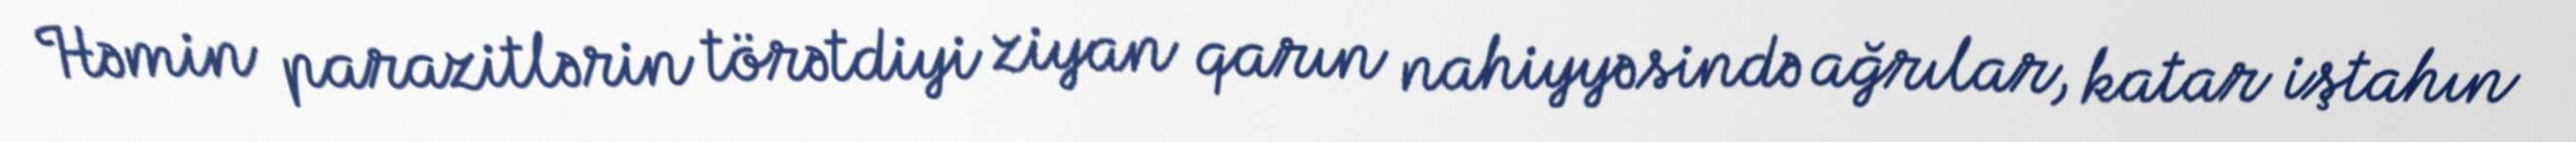
Həmin parazitlərin törətdiyi ziyan qarın nahiyyəsində ağrılar, katar iştahın